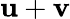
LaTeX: \mathbf{u}+\mathbf{v}